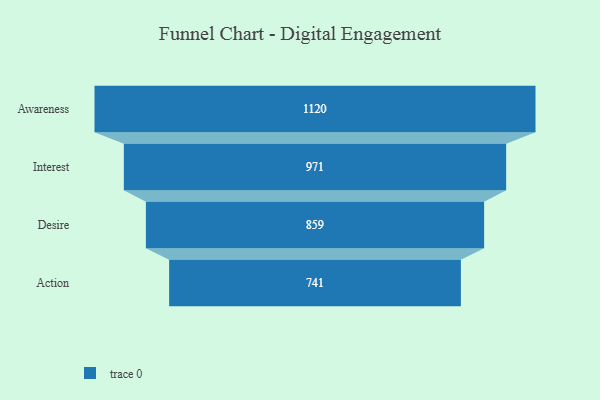
{"axis": {"x": "Stage", "y": "Value"}, "legend": [""], "data": [{"x": "Awareness", "y": 1120.0, "type": ""}, {"x": "Interest", "y": 971.0, "type": ""}, {"x": "Desire", "y": 859.0, "type": ""}, {"x": "Action", "y": 741.0, "type": ""}]}